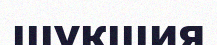
шұқшия